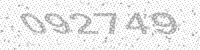
Solution: 092749